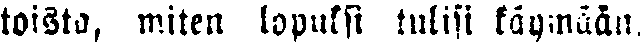
toista, miten lopuksi tulisi käymään.